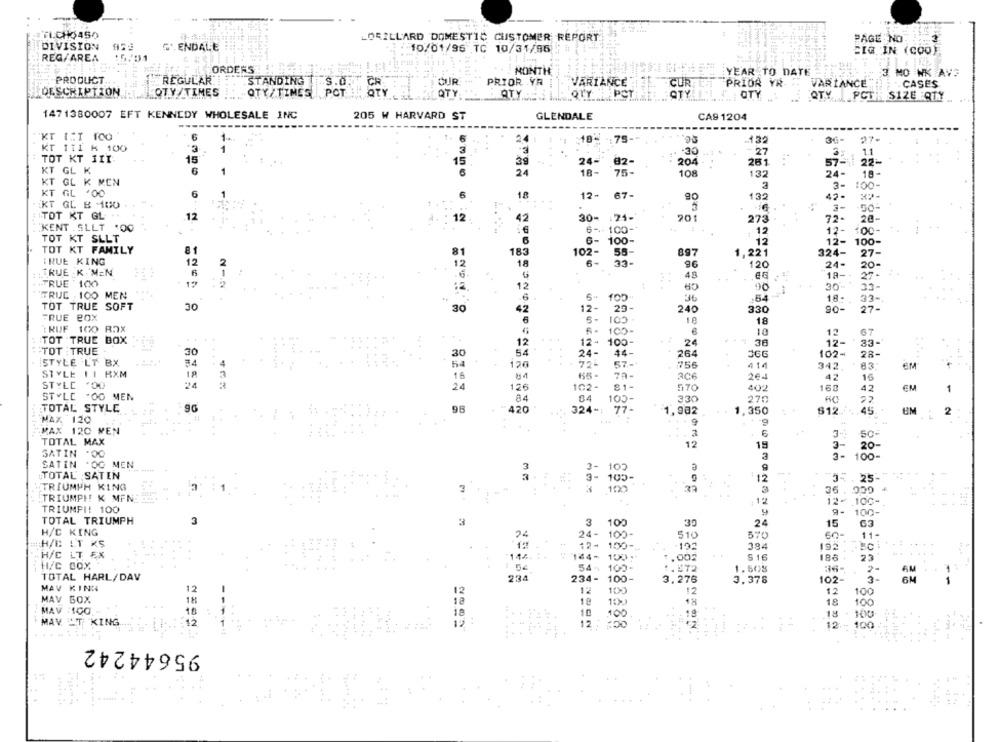
TLCHO4SO
LORILLARD DOMESTIC CUSTOMER REPORT
PAGE NO
DIVISION
GLENDALE
10/01/96 TC 10/31/95
CIG IN (COO)
REG/AREA
:5:01
-
ORDER
MONTH
YEAR TO DATE =
3 MO WK AVS
PRODUCT
L"REGULAR
OUR
PRIOR VA
VARIANCE
PRIOR YR
STANDING S.O.
CR
CUR
VARIANCE
CASES
DESCRIPTION
QTY /TIMES
QTY/TIMES POT
QTY
QTY
QTY
PCT
OTY
QTY
PCTE SIZE :QTY
1471380007 EFT KENNEDY WHOLESALE INC
205 W HARVARD ST
GLENDALE
CAS 1204
'KT 1:I 100
1
18-
.. 75-
.132
36-
27-
KT 111 K 100
1
-30
27
1.1
TOT KT III-
15
24-
82-
204
261
57-
57- 22-
22-
KT GL K
6
24-
6
24
18-
75-
108
132
18-
KT GL K MEN
3-
:00-
KT GL '00
6
67-
18
12+
135
42-
KT GL B 100
3-
TOT KT GL ..
.12
30- : 24-
12
42
201
273
72-
KENT . SLLT '00
6 -- 100-
12
12-
100-
TOT KT SLLT
6- 100-
12
12-
100-
TOT KT FAMILY
81
102-
897
1,221
324-
55
27
TRUE KING
12
18
6-
33-
96
120
24-
20
TRUE .K . MEN
.€
G
48
18-
19
27.
.TRUE 100
:2
12
90
30
33-
TRUC 100 MEN
.6
.54
18
33-
TOT TRUE SOFT
30
30
42
12-
29
240
330
90-
27-
FRUE BOX
6
5-
18
TRUF 100 ROX
6- 100-
10
12
67
TOT TRUE BOX
12
124
100-
24
36
12-
33-
.TOT :TRUE
30
30
24-
44-
264
102-
28-
iSTYLE LT BX
126
57-
756
414
342
83
EM
STYLE 11 RXM
18
16
79-
AC6
264
42
16
STYLE '00
24
24
126
102-
570
EM
402
168
42
1
STYLE "OG MEN
84
100
330
270
TOTAL STYLE
9G
96
420
324 -: 77-
77 -
1,982
1,350
S12
45
EM
2
MAX 120
9
MAX 120 MEN
3-1
50-
TOTAL MAX
12
15
3-
20
SATIN :00
e
3- 100-
SATIN .OG MEN
3- 100
9
TOTAL SATIN
3- 105-
12
35. 25
TRIUMPH KING
3
a
36
TRIUMPH K MENE
: 12
12 -. 100-
TRIUMFI! 100
9
9-
100-
TOTAL TRIUMPH
3
3
3 100
30
24
15
63
H/C KING
24
24- 100-
510
570
60-
11-
H/B L.T KS
12-
100-
-192
384
192
H/C LT EX
144.
144- 100;
.002
5 16
186
23
23
H/C COX
54- 100-
1.808
2-
2-
TOTAL HARL/DAV
234
234- 100-
3.276
102-
3 .
3.378
MAV KINN
12
12
12
100
12
100
MAV 60%
18
--
12
19
18
100
MAV :100
18
18
10
18
100
MAV LT KING
12
12
12
100
12:
100
95644242